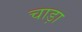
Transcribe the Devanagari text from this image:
चाड़ा